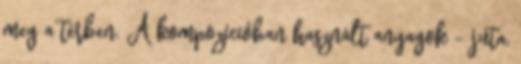
meg a térben. A kompozícióban használt anyagok – juta,